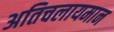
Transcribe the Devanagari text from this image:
अतिचलायमान